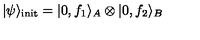
| \psi \rangle _ { \mathrm { i n i t } } = | 0 , f _ { 1 } \rangle _ { A } \otimes | 0 , f _ { 2 } \rangle _ { B }